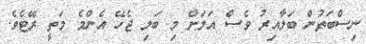
ނިސްބަތުން ބަލާއިރު ވެސް އަލަށް މި ބަލި ޖެހޭ އެންމެ މަތީ ރޭޓެވެ.